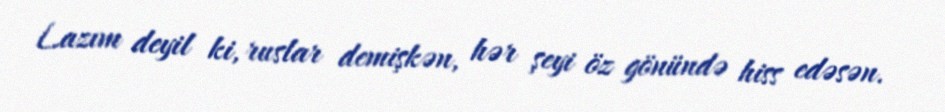
Lazım deyil ki, ruslar demişkən, hər şeyi öz gönündə hiss edəsən.